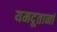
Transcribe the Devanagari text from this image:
यमदूतानां